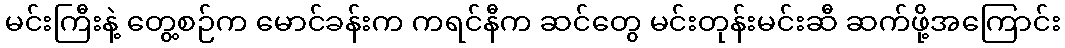
မင်းကြီးနဲ့ တွေ့စဉ်က မောင်ခန်းက ကရင်နီက ဆင်တွေ မင်းတုန်းမင်းဆီ ဆက်ဖို့အကြောင်း